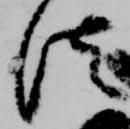
法